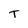
Character: T